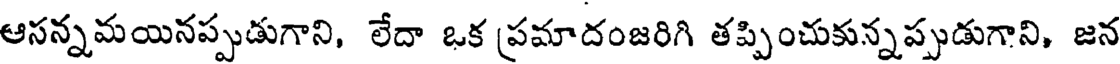
ఆసన్నమయినప్పుడుగాని, లేదా ఒక ప్రమాదంజరిగి తప్పించుకున్నప్పుడుగాని, జన